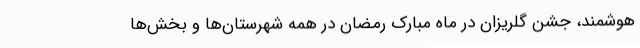
هوشمند، جشن گلریزان در ماه مبارک رمضان در همه شهرستان‌ها و بخش‌ها